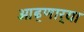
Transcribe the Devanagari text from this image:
ओढ्णार्‍या